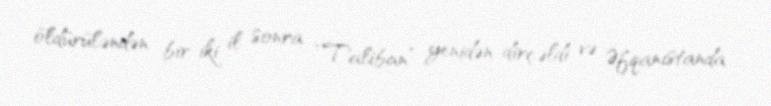
öldürüləndən bir-iki il sonra “Taliban” yenidən dirçəldi və Əfqanıstanda